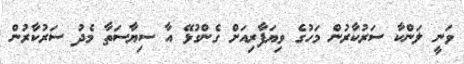
ވަނީ ލަންކާ ސަރުކާރުން މަހުގެ ވިޔަފާރިއަށް ގެންގުޅޭ އާ ސިޔާސަތާ މެދު ސަރުކާރުން